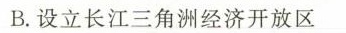
B.设立长江三角洲经济开放区